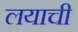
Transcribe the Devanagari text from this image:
लयाची